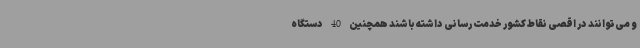
و می‌توانند در اقصی نقاط کشور خدمت‌ رسانی داشته باشند همچنین 40 دستگاه